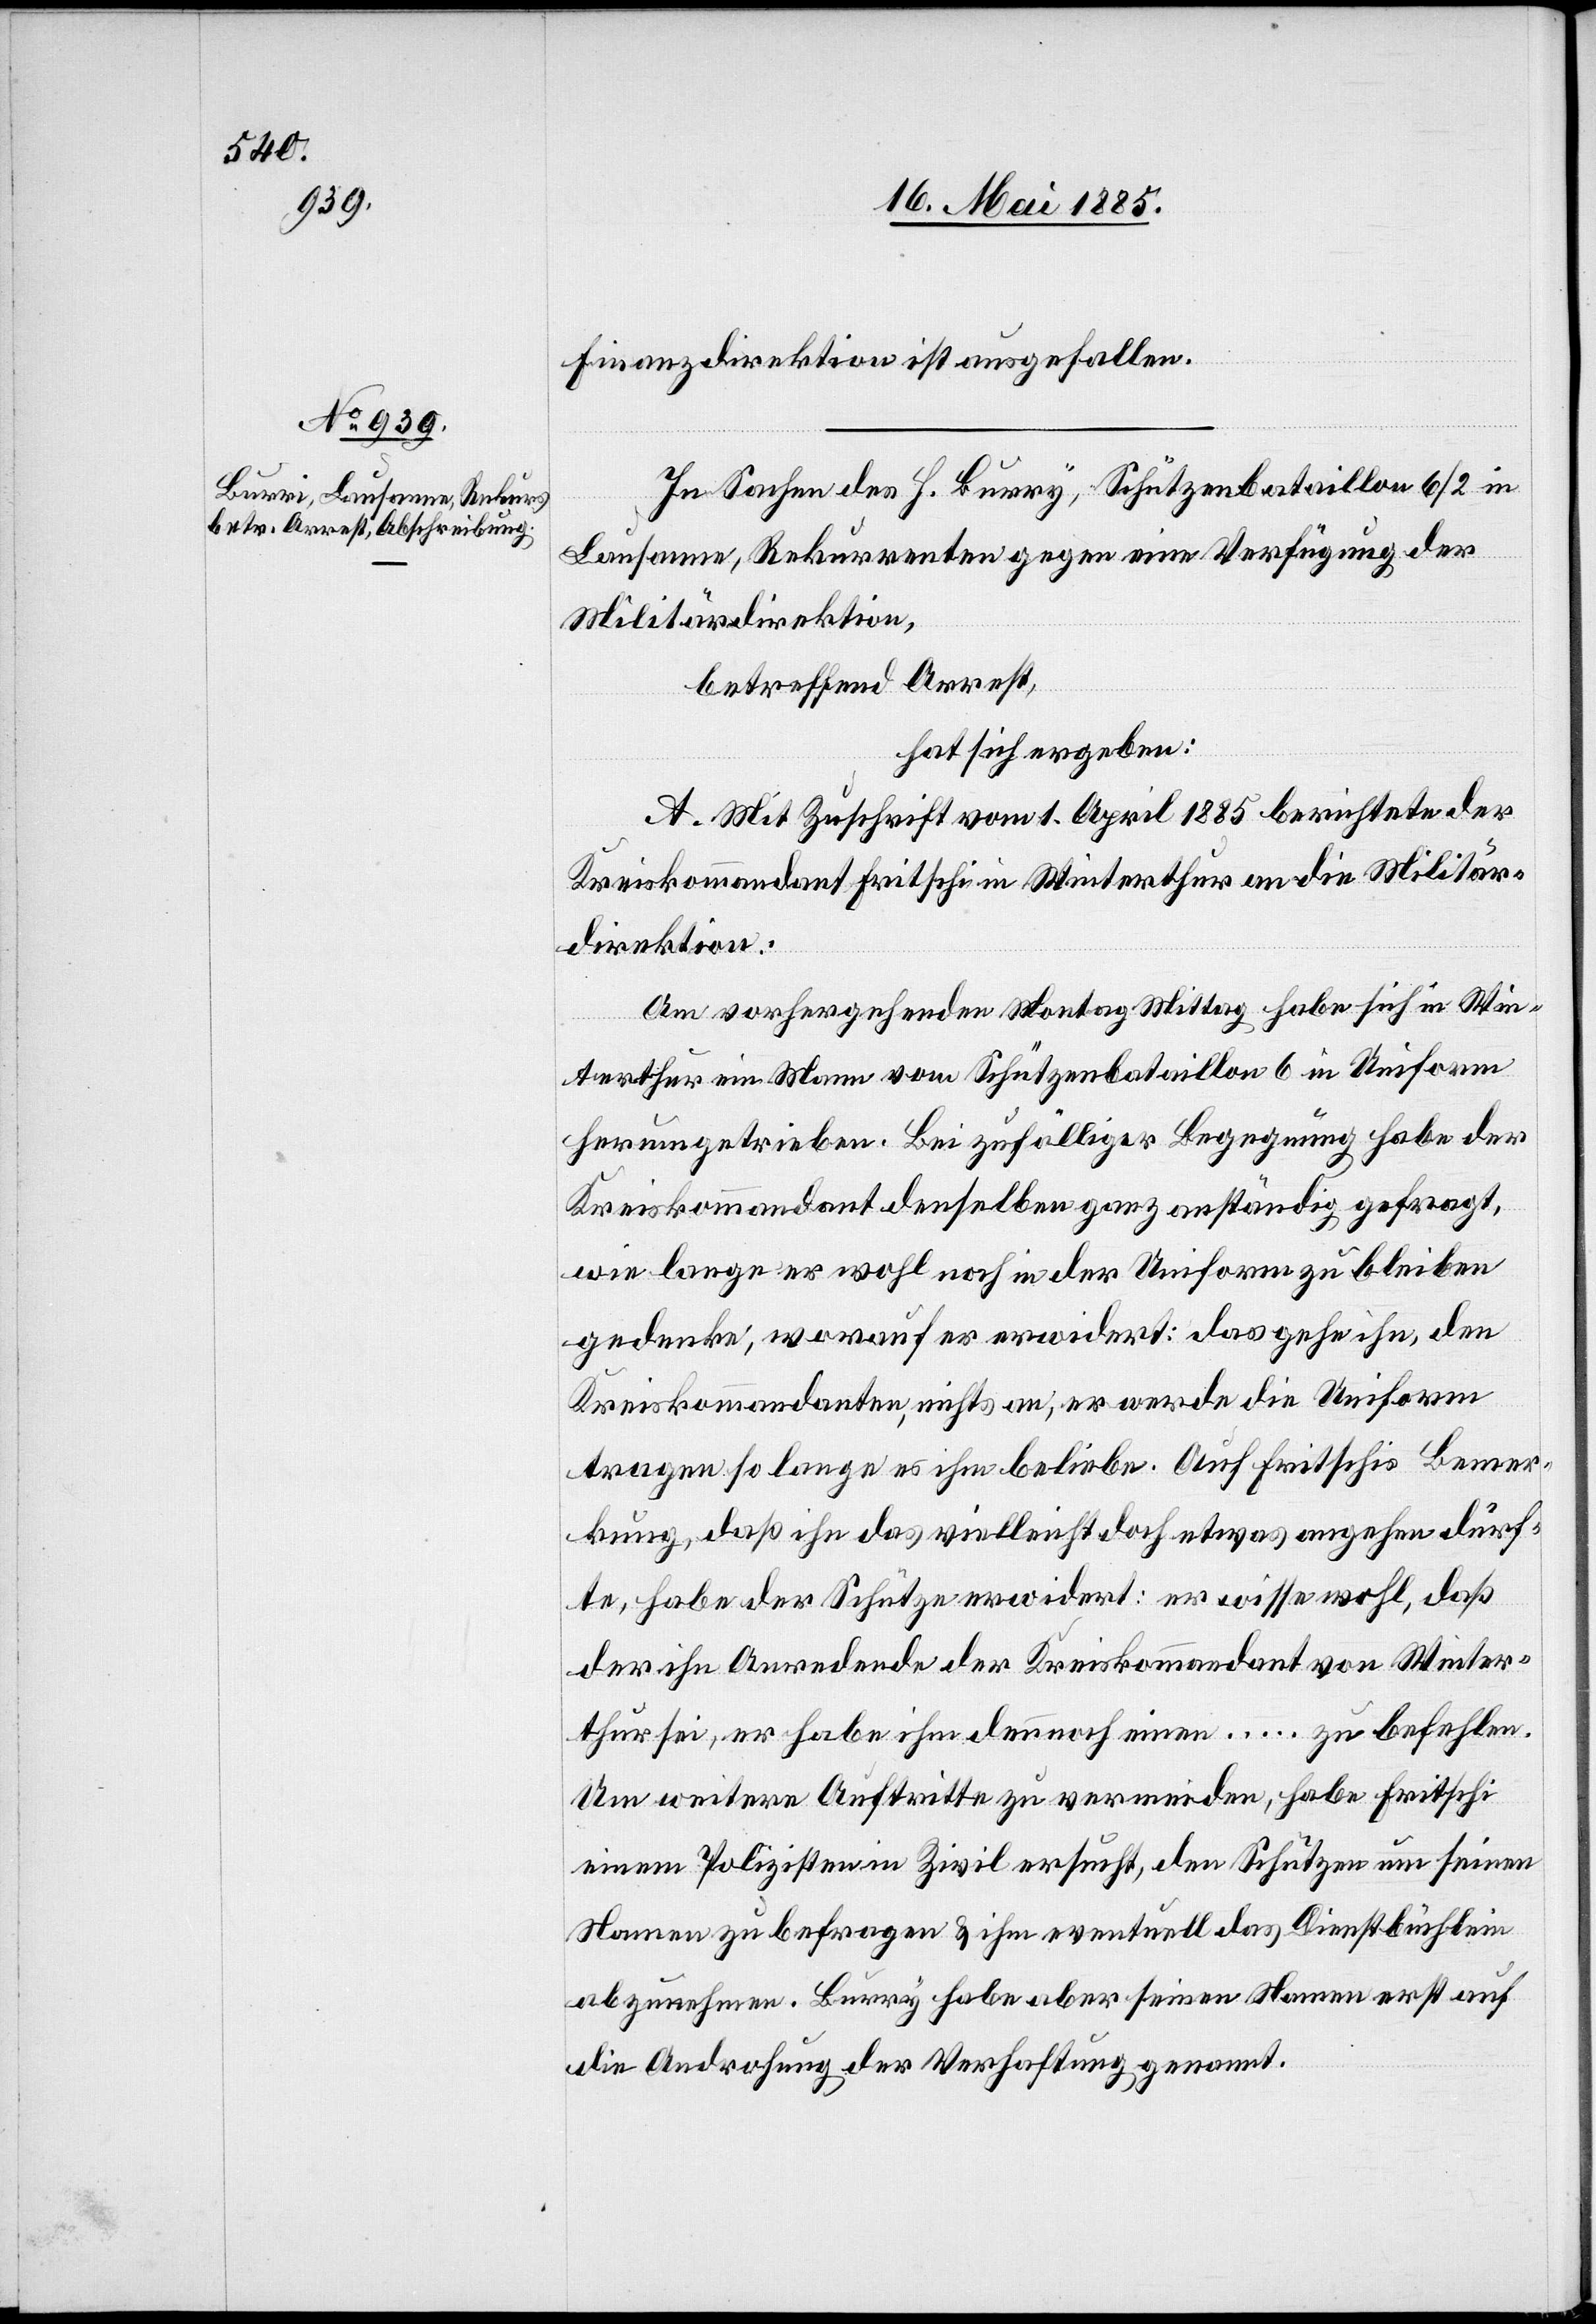
Finanzdirektion ist ausgefallen.
In Sachen des H. Burry [sic!], Schützenbataillon 6/2 in
Lausanne, Rekurrenten gegen eine Verfügung der
Militärdirektion,
betreffend Arrest,
hat sich ergeben:
A. Mit Zuschrift vom 1. April 1885 berichtete der
Kreiskommandant Fritschi in Winterthur an die Militär¬
direktion:
Am vorhergehenden Montag Mittag habe sich in Win¬
terthur ein Mann vom Schützenbataillon 6 in Uniform
herumgetrieben. Bei zufälliger Begegnung habe der
Kreiskommandant derselben ganz anständig gefragt,
wie lange er wohl noch in der Uniform zu bleiben
gedenke; worauf er erwidert: das gehe ihn, den
Kreiskommandanten, nichts an, er werde die Uniform
tragen so lange es ihm beliebe. Auf Fritschis Bemer¬
kung, daß ihn das vielleicht doch etwas angehen dürf¬
te, habe der Schütze erwidert: er wisse wohl, daß
der ihn Anredende der Kreiskommandant von Winter¬
thur sei, er habe ihm dennoch einen … zu befehlen.
Um weitere Auftritte zu vermeiden, habe Fritschi
einen Polizisten Zivil ersucht, den Schützen um seinen
Namen zu befragen & ihm eventuell das Dienstbüchlein
abzunehmen. Burry habe aber seinen Namen erst auf
die Androhung der Verhaftung genannt.